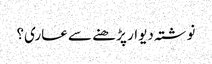
نوشتہ دیوار پڑ ھنے سے عاری؟